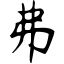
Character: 弗